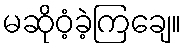
မဆိုဝံ့ခဲ့ကြချေ။